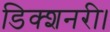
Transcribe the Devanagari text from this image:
डिक्शनरी।